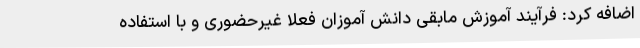
اضافه کرد: فرآیند آموزش مابقی دانش آموزان فعلا غیرحضوری و با استفاده